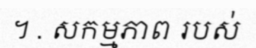
។ . សកម្មភាព របស់